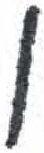
אות: ן